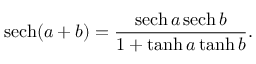
\mathrm { s e c h } ( a + b ) = \frac { \mathrm { s e c h } \, a \, \mathrm { s e c h } \, b } { 1 + \operatorname { t a n h } a \operatorname { t a n h } b } .